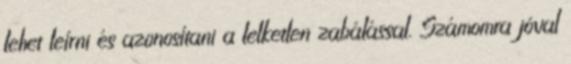
lehet leírni és azonosítani a lelketlen zabálással. Számomra jóval